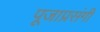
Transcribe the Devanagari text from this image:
पूजाप्रसंगी